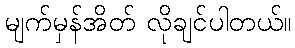
မျက်မှန်အိတ် လိုချင်ပါတယ်။